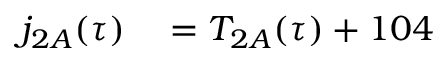
\begin{array} { r l } { j _ { 2 A } ( \tau ) } & { { } = T _ { 2 A } ( \tau ) + 1 0 4 } \end{array}